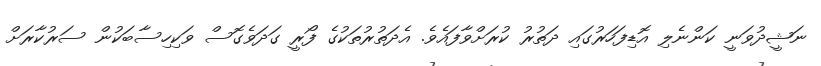
ނަޝީދުވަނީ ކަންނެލި އޮޑިފަހަރުގައި ދަތުރު ކުރަށްވާފައެވެ. އެދަތުރުތަކުގެ ފޯރީ ގަދަވެގޮސް ވަކިހިސާބަކުން ސަރުކާރަށް